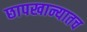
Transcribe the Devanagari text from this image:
छापखान्यातच